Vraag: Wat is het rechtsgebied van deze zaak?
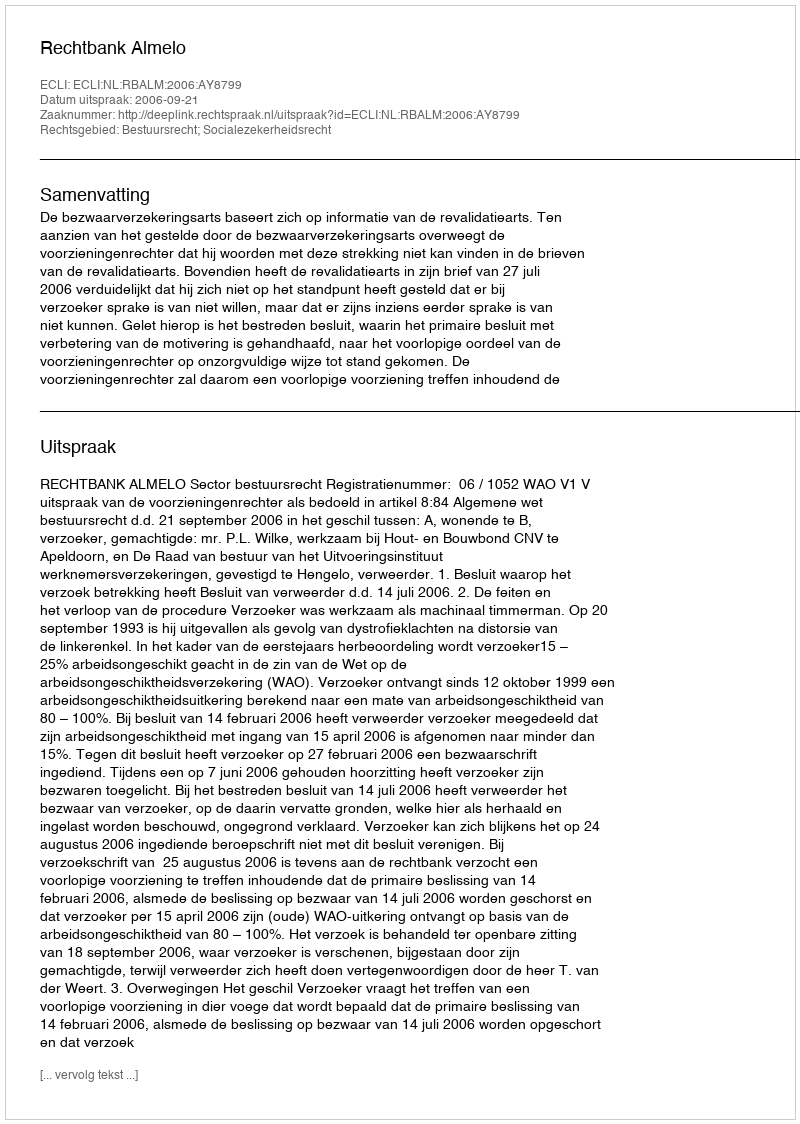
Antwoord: Bestuursrecht; Socialezekerheidsrecht